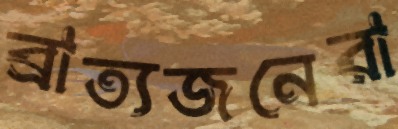
ব্রাত্যজনেরা